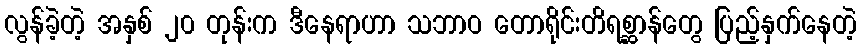
လွန်ခဲ့တဲ့ အနှစ် ၂၀ တုန်းက ဒီနေရာဟာ သဘာဝ တောရိုင်းတိရစ္ဆာန်တွေ ပြည့်နှက်နေတဲ့